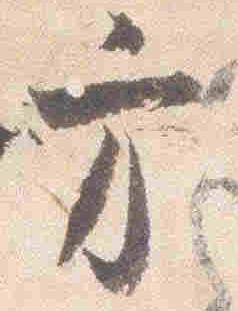
方